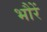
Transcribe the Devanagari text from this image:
भौरें